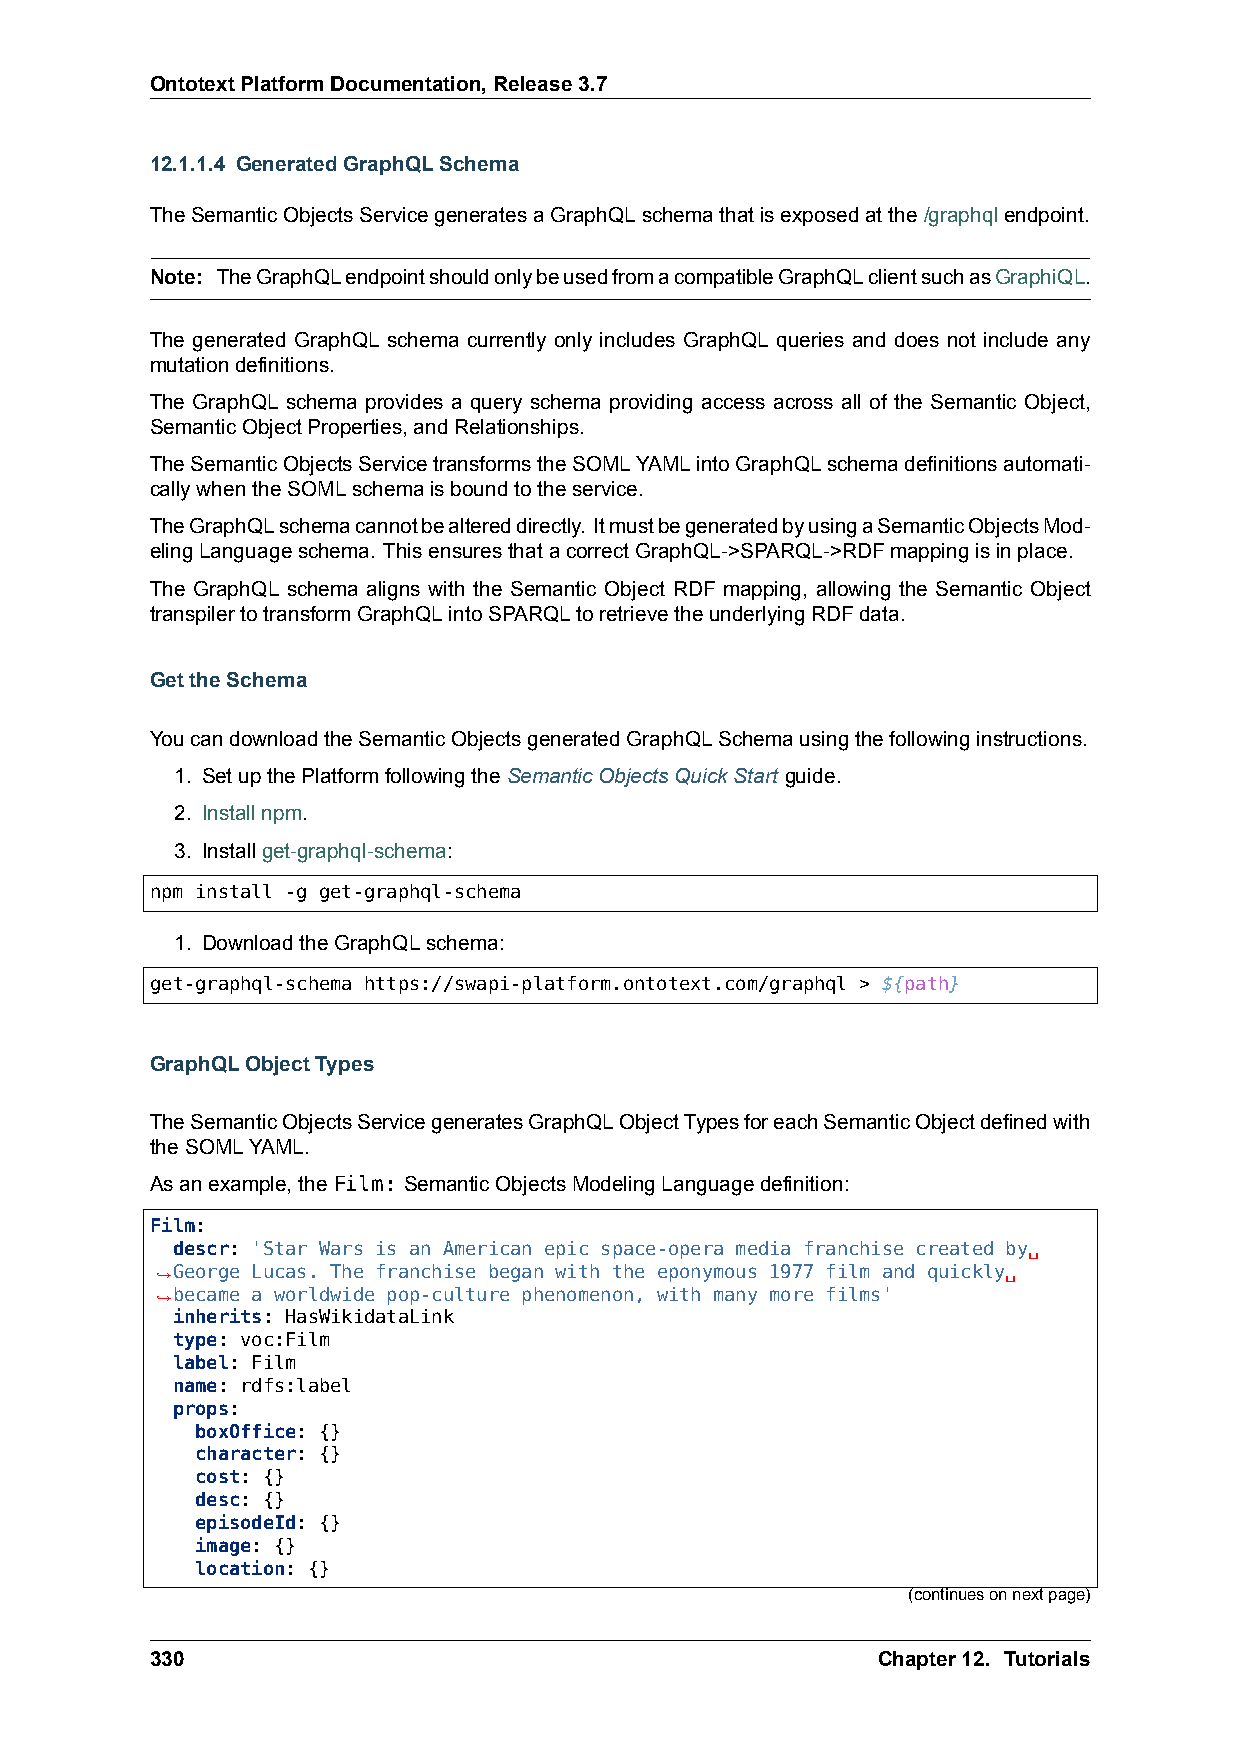
OntotextPlatformDocumentation,Release3.7
 12.1.1.4 GeneratedGraphQLSchema
 TheSemanticObjectsServicegeneratesaGraphQLschemathatisexposedatthe/graphqlendpoint.
 Note: TheGraphQLendpointshouldonlybeusedfromacompatibleGraphQLclientsuchasGraphiQL.
 The generated GraphQL schema currently only includes GraphQL queries and does not include any
 mutationdefinitions.
 The GraphQL schema provides a query schema providing access across all of the Semantic Object,
 SemanticObjectProperties,andRelationships.
 TheSemanticObjectsServicetransformstheSOMLYAMLintoGraphQLschemadefinitionsautomati-
 callywhentheSOMLschemaisboundtotheservice.
 TheGraphQLschemacannotbealtereddirectly. ItmustbegeneratedbyusingaSemanticObjectsMod-
 elingLanguageschema. ThisensuresthatacorrectGraphQL->SPARQL->RDFmappingisinplace.
 The GraphQL schema aligns with the Semantic Object RDF mapping, allowing the Semantic Object
 transpilertotransformGraphQLintoSPARQLtoretrievetheunderlyingRDFdata.
 GettheSchema
 YoucandownloadtheSemanticObjectsgeneratedGraphQLSchemausingthefollowinginstructions.
 1. SetupthePlatformfollowingtheSemanticObjectsQuickStart guide.
 2. Installnpm.
 3. Installget-graphql-schema:
 npm install -g get-graphql-schema
 1. DownloadtheGraphQLschema:
 get-graphql-schema https://swapi-platform.ontotext.com/graphql > ${path}
 GraphQLObjectTypes
 TheSemanticObjectsServicegeneratesGraphQLObjectTypesforeachSemanticObjectdefinedwith
 theSOMLYAML.
 Asanexample,theFilm: SemanticObjectsModelingLanguagedefinition:
 Film:
 descr: 'Star Wars is an American epic space-opera media franchise created by␣
 ,→George Lucas. The franchise began with the eponymous 1977 film and quickly␣
 ,→became a worldwide pop-culture phenomenon, with many more films'
 inherits: HasWikidataLink
 type: voc:Film
 label: Film
 name: rdfs:label
 props:
 boxOffice: {}
 character: {}
 cost: {}
 desc: {}
 episodeId: {}
 image: {}
 location: {}
 (continuesonnextpage)
 330                                             Chapter12. Tutorials